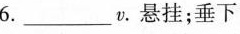
6._____v.悬挂；垂下